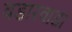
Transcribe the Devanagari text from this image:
वडारवाडा